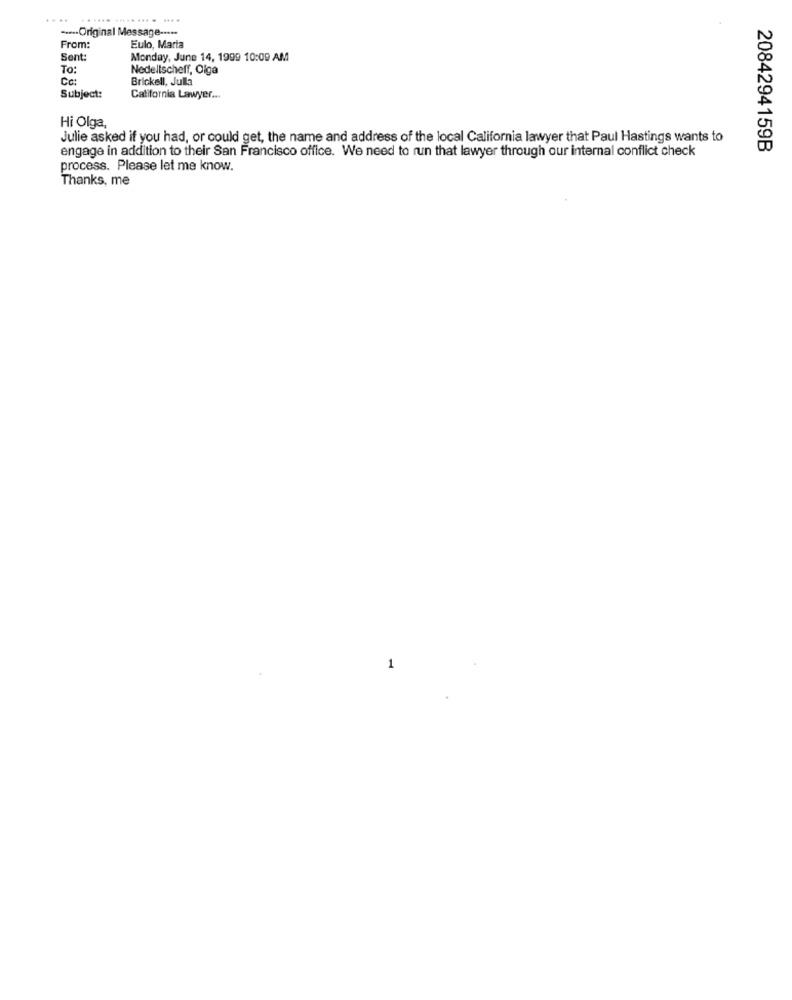
....
..... ... . ....
..... Original Message -....
From:
Eulo, Maria
Sent
Monday, June 14, 1999 10:09 AM
To:
Nedellscheff, Olga
Cc
Brickell, Julla
Subject:
California Lawyer ...
Hi Olga
Julie asked if you had, or could get, the name and address of the local California lawyer that Paul Hastings wants to
engage in addition to their San Francisco office. We need to run that lawyer through our internal conflict check
2084294159B
process. Please let me know.
Thanks, me
1